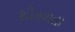
શીતળતા